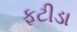
ફટીડા